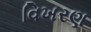
વિખરણ